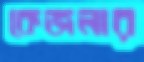
কেজলার